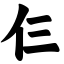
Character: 仨